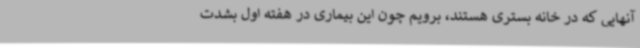
آنهایی که در خانه بستری هستند، برویم چون این بیماری در هفته اول بشدت